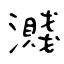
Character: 濺